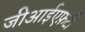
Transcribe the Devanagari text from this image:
जीआईएफ़टी